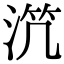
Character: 𣵸